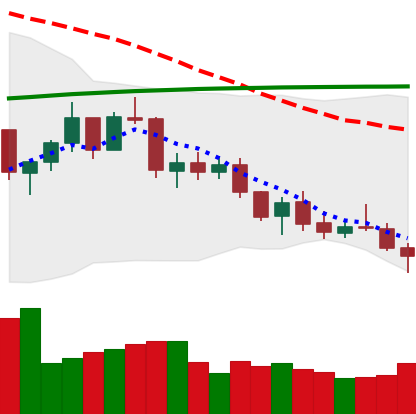
Ticker: ETH-USD
Chart end date: 2021-07-20
Forward return: 22.594%
Label: up_7plus